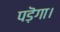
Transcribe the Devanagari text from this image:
पड़ॆगा।